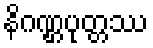
နိဂဏ္ဌပုတ္တဿ